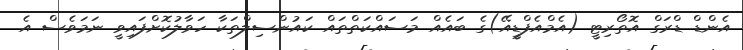
އެންޑް ޑްރަގް އޮތޯރިޓީ (އެމްއެފްޑީއޭ)ގެ ބައެއް މަސައްކަތްތައް ކައުންސިލްތަކާ ހަވާލުކޮށްފައިވީ ނަމަވެސް އެ